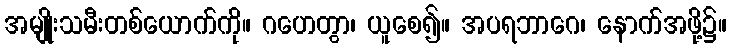
အမျိုးသမီးတစ်ယောက်ကို။ ဂဟေတွာ၊ ယူစေ၍။ အပရဘာဂေ၊ နောက်အဖို့၌။